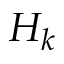
H _ { k }